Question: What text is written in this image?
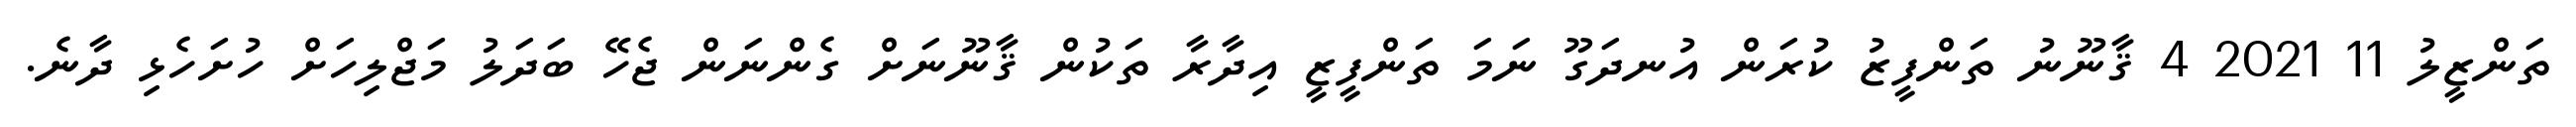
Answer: ތަންޒީލު 11 2021 4 ޤާނޫނު ތަންފީޒު ކުރަން އުނދަގޫ ނަމަ ތަންފީޒީ އިދާރާ ތަކުން ޤާނޫނަށް ގެންނަން ޖެހޭ ބަދަލު މަޖްލިހަށް ހުށަހެޅި ދާނެ.